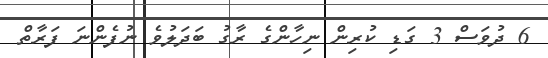
6 ދުވަސް 3 ގަޑި ކުރިން ނިހާންގެ ރާގު ބަދަލުވެ ނުފެންނަ ފަރާތް